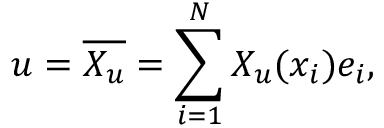
u = \overline { { X _ { u } } } = \sum _ { i = 1 } ^ { N } X _ { u } ( x _ { i } ) e _ { i } ,